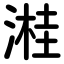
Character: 溎